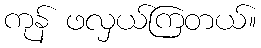
ကုန် ဖလှယ်ကြတယ်။